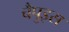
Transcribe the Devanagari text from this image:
चैपुइस